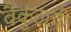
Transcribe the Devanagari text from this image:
वैकुंठाची